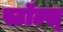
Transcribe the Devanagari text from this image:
स्टॉल्स्